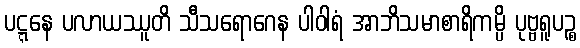
ပဋ္ဋနေ ပလာယဿူတိ သီသရောဂေန ပါဝါရံ အာဘိသမာစာရိကမ္ပိ ပုဗ္ဗရူပဉ္စ